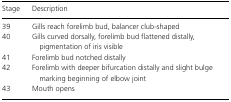
<table><thead><tr><td><b>Stage</b></td><td><b>Description</b></td></tr></thead><tbody><tr><td>39</td><td>Gills reach forelimb bud, balancer club-shaped</td></tr><tr><td>40</td><td>Gills curved dorsally, forelimb bud flattened distally, pigmentation of iris visible</td></tr><tr><td>41</td><td>Forelimb bud notched distally</td></tr><tr><td>42</td><td>Forelimb with deeper bifurcation distally and slight bulge marking beginning of elbow joint</td></tr><tr><td>43</td><td>Mouth opens</td></tr></tbody></table>